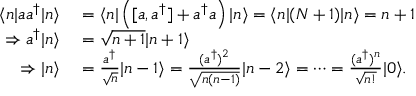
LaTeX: \begin{array} { r l } { \langle n | a a ^ { \dagger } | n \rangle } & { { } = \langle n | \left( [ a , a ^ { \dagger } ] + a ^ { \dagger } a \right) | n \rangle = \langle n | ( N + 1 ) | n \rangle = n + 1 } \\ { \Rightarrow a ^ { \dagger } | n \rangle } & { { } = { \sqrt { n + 1 } } | n + 1 \rangle } \\ { \Rightarrow | n \rangle } & { { } = { \frac { a ^ { \dagger } } { \sqrt { n } } } | n - 1 \rangle = { \frac { ( a ^ { \dagger } ) ^ { 2 } } { \sqrt { n ( n - 1 ) } } } | n - 2 \rangle = \cdots = { \frac { ( a ^ { \dagger } ) ^ { n } } { \sqrt { n ! } } } | 0 \rangle . } \end{array}